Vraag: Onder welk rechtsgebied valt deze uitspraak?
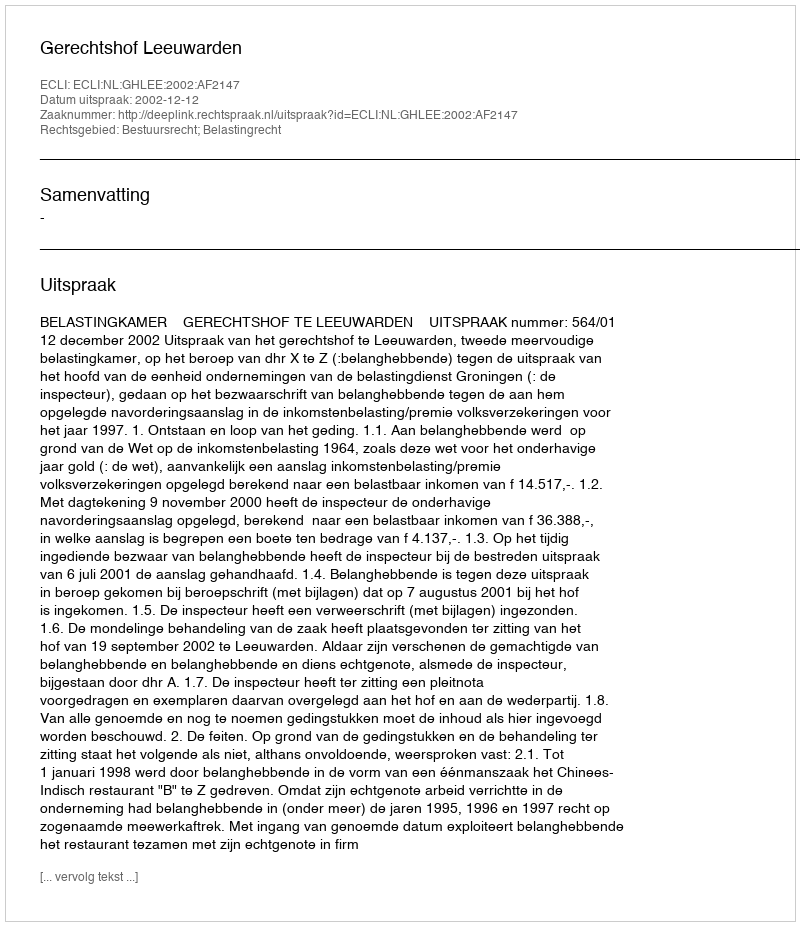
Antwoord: Bestuursrecht; Belastingrecht